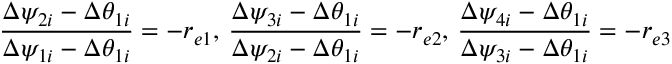
\frac { \Delta \psi _ { 2 i } - \Delta \theta _ { 1 i } } { \Delta \psi _ { 1 i } - \Delta \theta _ { 1 i } } = - r _ { e 1 } , \, \frac { \Delta \psi _ { 3 i } - \Delta \theta _ { 1 i } } { \Delta \psi _ { 2 i } - \Delta \theta _ { 1 i } } = - r _ { e 2 } , \, \frac { \Delta \psi _ { 4 i } - \Delta \theta _ { 1 i } } { \Delta \psi _ { 3 i } - \Delta \theta _ { 1 i } } = - r _ { e 3 }